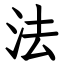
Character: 法